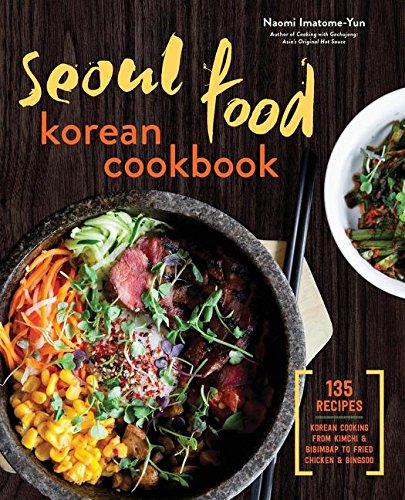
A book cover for Seoul Food Korean Cookbook: Korean Cooking from Kimchi and Bibimbap to Fried Chicken and Bingsoo; Naomi Imatome-Yun; Cookbooks, Food & Wine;